NAE_ERA_R-1765_ENSV_Kirjanike_Liit_1945-1955, lk 13
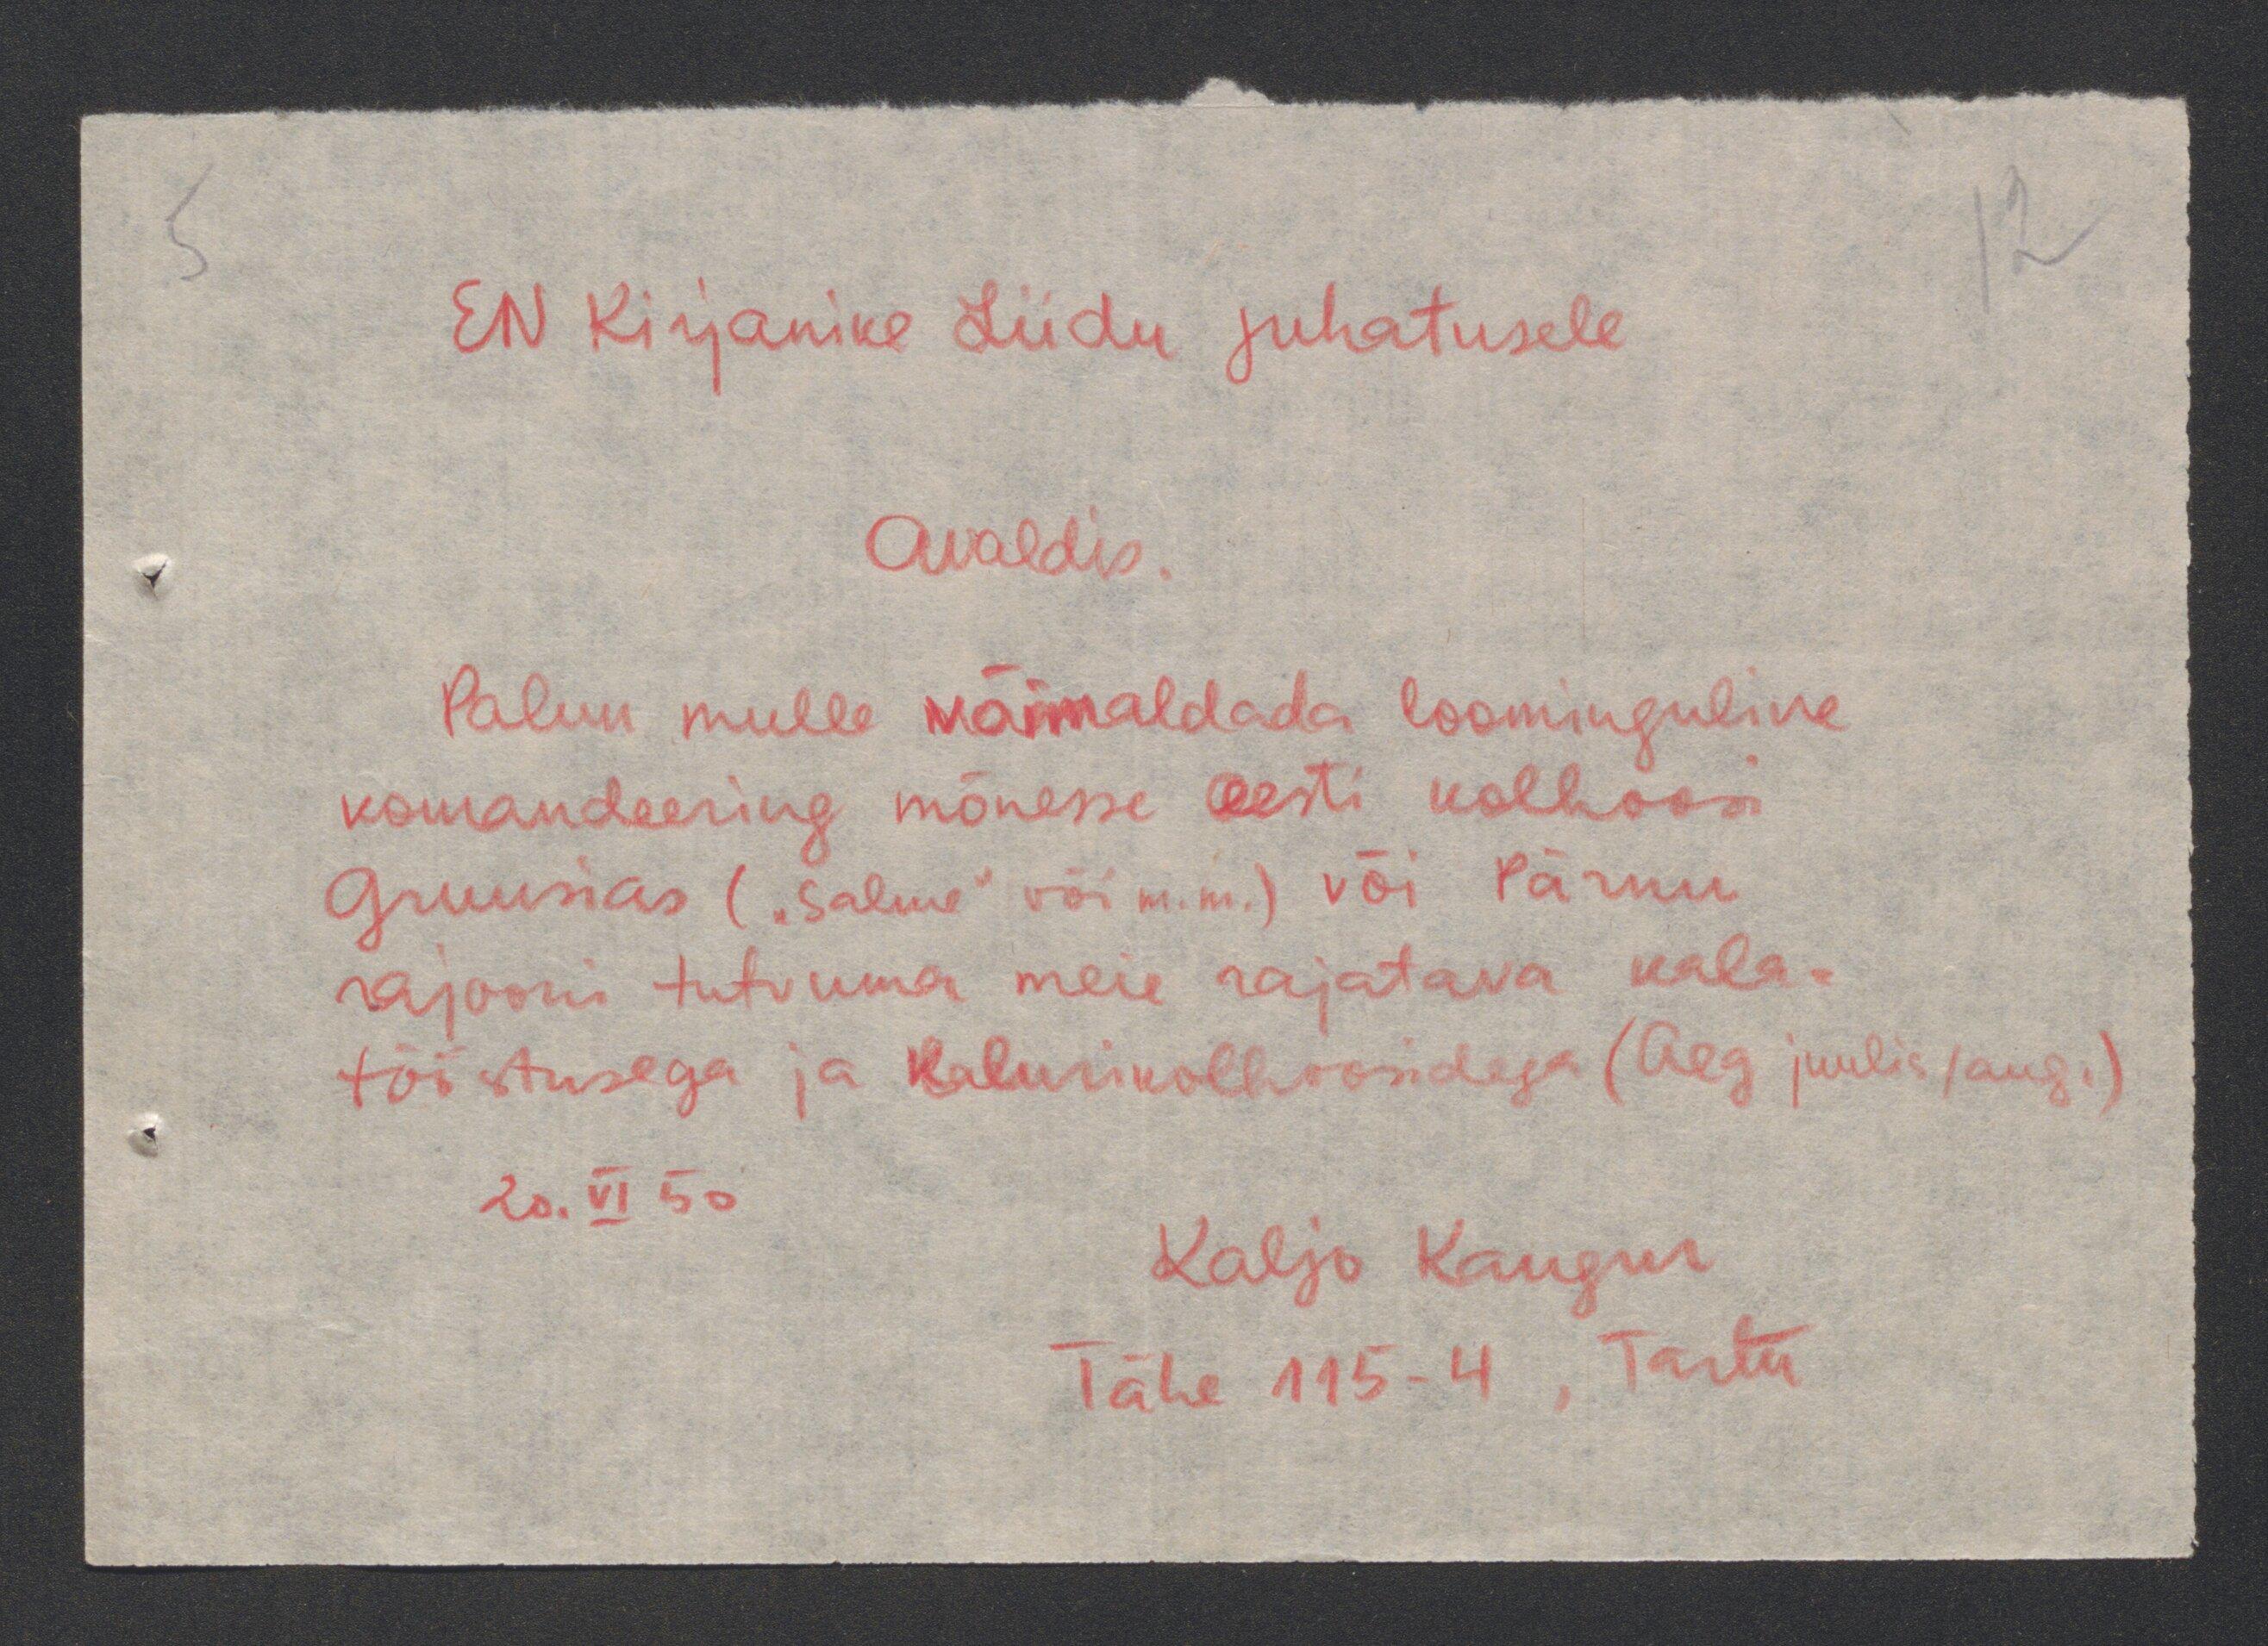
EN Kirjanike Liidu juhatusele
Avaldus
Palun mulle võimaldada loominguline
komandeering mõnesse eesti kolhoosi
Gruusias ("Salme" või m.m.) või Pärnu
rajooni tutvuma meie rajatawa kala
tööstusega ja kalurikolhoosidega (Aeg juulis / aug.)
20.VI 50
Tähe 115-4, Tartu